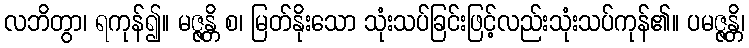
လဘိတွာ၊ ရကုန်၍။ မဇ္ဇန္တိ စ၊ မြတ်နိုးသော သုံးသပ်ခြင်းဖြင့်လည်းသုံးသပ်ကုန်၏။ ပမဇ္ဇန္တိ၊